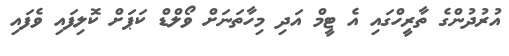
އުރުދުންގެ ތާރީހްގައި އެ ޓީމް އަދި މިހާތަނަށް ވޯލްޑް ކަޕަށް ކޮލިފައި ވެފައި